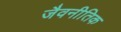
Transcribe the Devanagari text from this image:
जैवनीतिक